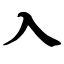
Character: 入